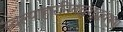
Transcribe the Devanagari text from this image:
स्वल्पाहारनिबद्धशुद्धवपुषां